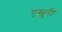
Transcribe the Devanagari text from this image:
एस्चुरी